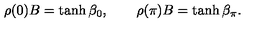
\rho ( 0 ) B = \tanh \beta _ { 0 } , \qquad \rho ( \pi ) B = \tanh \beta _ { \pi } .